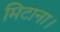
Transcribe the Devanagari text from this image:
मिटाना।